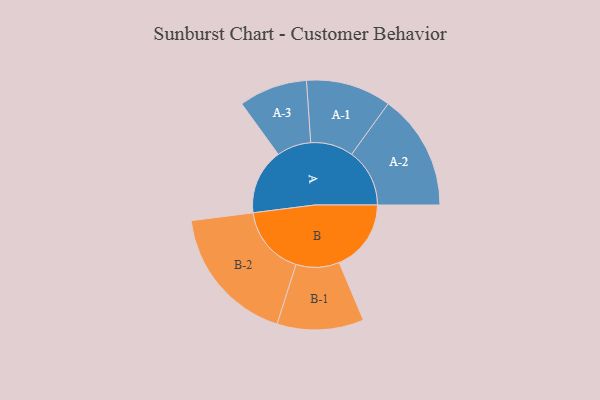
{"axis": {"x": "Segment", "y": "Value"}, "legend": ["", "A", "B"], "data": [{"x": "A", "y": 268, "type": ""}, {"x": "B", "y": 294, "type": ""}, {"x": "A-1", "y": 174, "type": "A"}, {"x": "A-2", "y": 237, "type": "A"}, {"x": "A-3", "y": 140, "type": "A"}, {"x": "B-1", "y": 177, "type": "B"}, {"x": "B-2", "y": 285, "type": "B"}]}